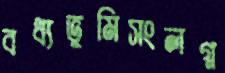
বধ্যভূমিসংলগ্ন